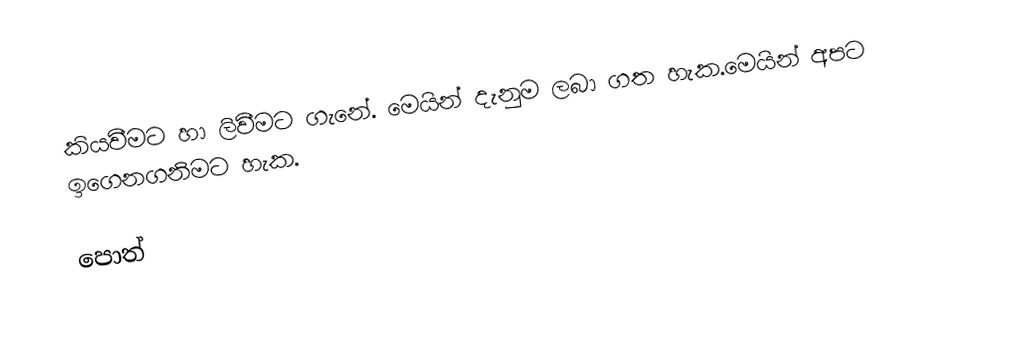
කියවීමට හා ලිවීමට ගැනේ. මෙයින් දැනුම ලබා ගත හැක.මෙයින් අපට ඉගෙනගනිමට හැක.

පොත්